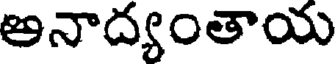
అనాద్యంతాయ